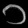
Digit: ၁